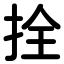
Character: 拴